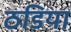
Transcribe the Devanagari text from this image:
ठडिया